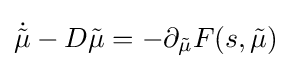
{\dot {\tilde {\mu }}}-D{\tilde {\mu }}=-\partial _{\tilde {\mu }}F(s,{\tilde {\mu }})